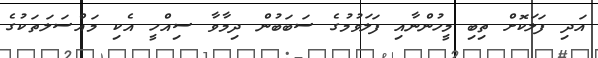
އަދި ފަލަކޮށް ތިބި މީހުންނާއި ފަލަވުމުގެ ސަބަބުން ދިމާވާ ސިއްހީ އެކި މައްސަލަތަކުގެ